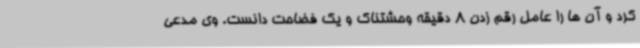
کرد و آن ها را عامل رقم زدن 8 دقیقه وحشتناک و یک فضاحت دانست. وی مدعی